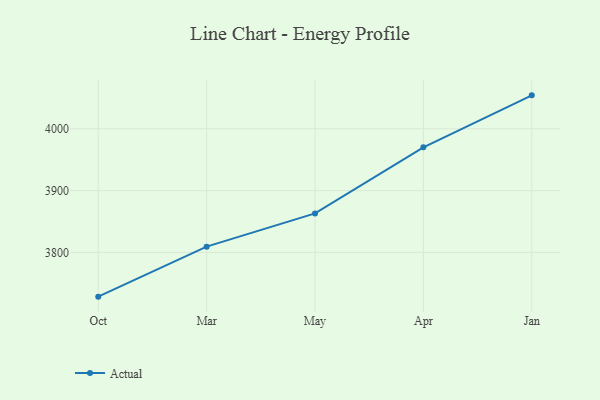
{"axis": {"x": "Month", "y": "Humidity (%)"}, "legend": ["Actual"], "data": [{"x": "Oct", "y": 3728.4, "type": "Actual"}, {"x": "Mar", "y": 3809.3, "type": "Actual"}, {"x": "May", "y": 3863.1, "type": "Actual"}, {"x": "Apr", "y": 3970.0, "type": "Actual"}, {"x": "Jan", "y": 4054.2, "type": "Actual"}]}